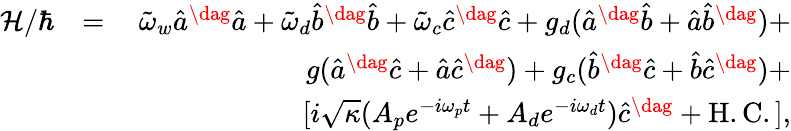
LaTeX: \begin{array}{rlr}{\mathcal{H}/\hbar}&{=}&{\tilde{\omega}_{w}\hat{a}^{\dag}\hat{a}+\tilde{\omega}_{d}\hat{b}^{\dag}\hat{b}+\tilde{\omega}_{c}\hat{c}^{\dag}\hat{c}+g_{d}(\hat{a}^{\dag}\hat{b}+\hat{a}\hat{b}^{\dag})+}\\ &{\quad}&{g(\hat{a}^{\dag}\hat{c}+\hat{a}\hat{c}^{\dag})+g_{c}(\hat{b}^{\dag}\hat{c}+\hat{b}\hat{c}^{\dag})+}\\ &{\quad}&{[i\sqrt{\kappa}(A_{p}e^{-i\omega_{p}t}+A_{d}e^{-i\omega_{d}t})\hat{c}^{\dag}+\mathrm{H.C.],}}\end{array}